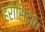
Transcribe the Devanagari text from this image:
हरीसिद्धि